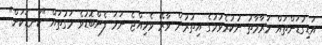
އަޑިގުޑަންތައް މަރާމާތު ނުކުރެވުމުގެ އިތުރުން ވާރޭ ވެހިއްޖެ ނަމަ ފެންބޮޑުވެ މަގުތައް "ކަނޑަކަށް"